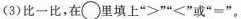
(3)比一比，在\circ里填上”>””<”或”=”。